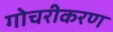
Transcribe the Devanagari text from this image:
गोचरीकरण